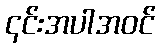
၎င်းအပါအဝင်